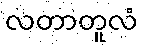
လတာတူလံ